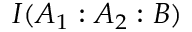
I ( A _ { 1 } : A _ { 2 } : B )